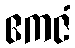
ဧကဇံ